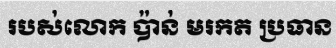
របស់លោក ប៉ាន់ មរកត ប្រធាន